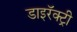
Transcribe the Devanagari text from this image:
डाइरॅक्ट्री